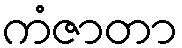
ကံဇာတာ